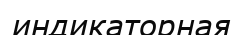
индикаторная